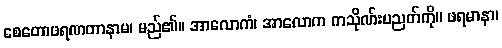
စေတောဖရဏတာနာမ၊ မည်၏။ အာလောကံ၊ အာလောက ကသိုဏ်းပညတ်ကို။ ဖရမာနာ၊